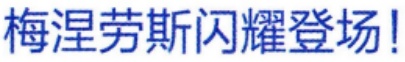
梅涅劳斯闪耀登场！